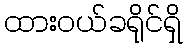
ထားဝယ်ခရိုင်ရှိ